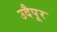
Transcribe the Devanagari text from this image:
उदैपूर